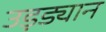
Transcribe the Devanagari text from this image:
उड़ड्यान